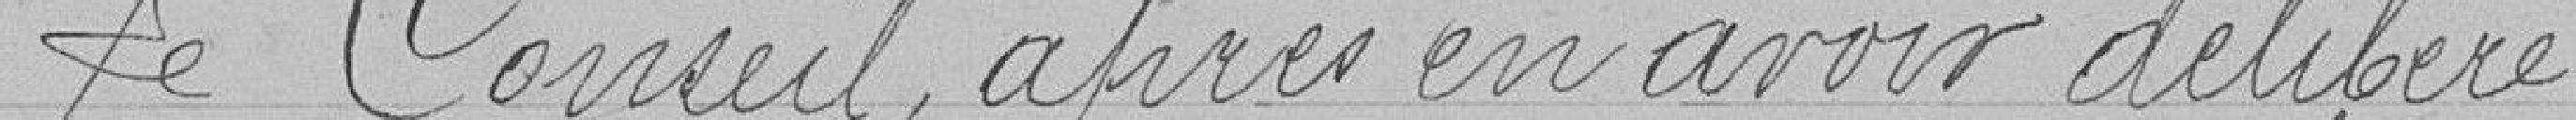
Le conseil, après en avoir délibéré,